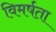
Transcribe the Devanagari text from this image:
विमर्षता